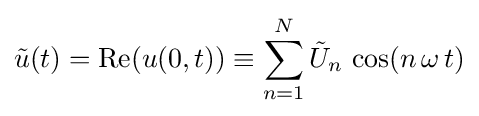
{\tilde {u}}(t)=\mathrm {Re} (u(0,t))\equiv \sum _{n=1}^{N}{\tilde {U}}_{n}\,\cos(n\,\omega \,t)